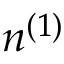
n ^ { ( 1 ) }